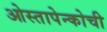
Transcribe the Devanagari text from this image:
ओस्तापेन्कोची